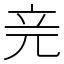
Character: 𥩗